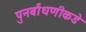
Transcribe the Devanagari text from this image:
पुनर्बांधणीकडे